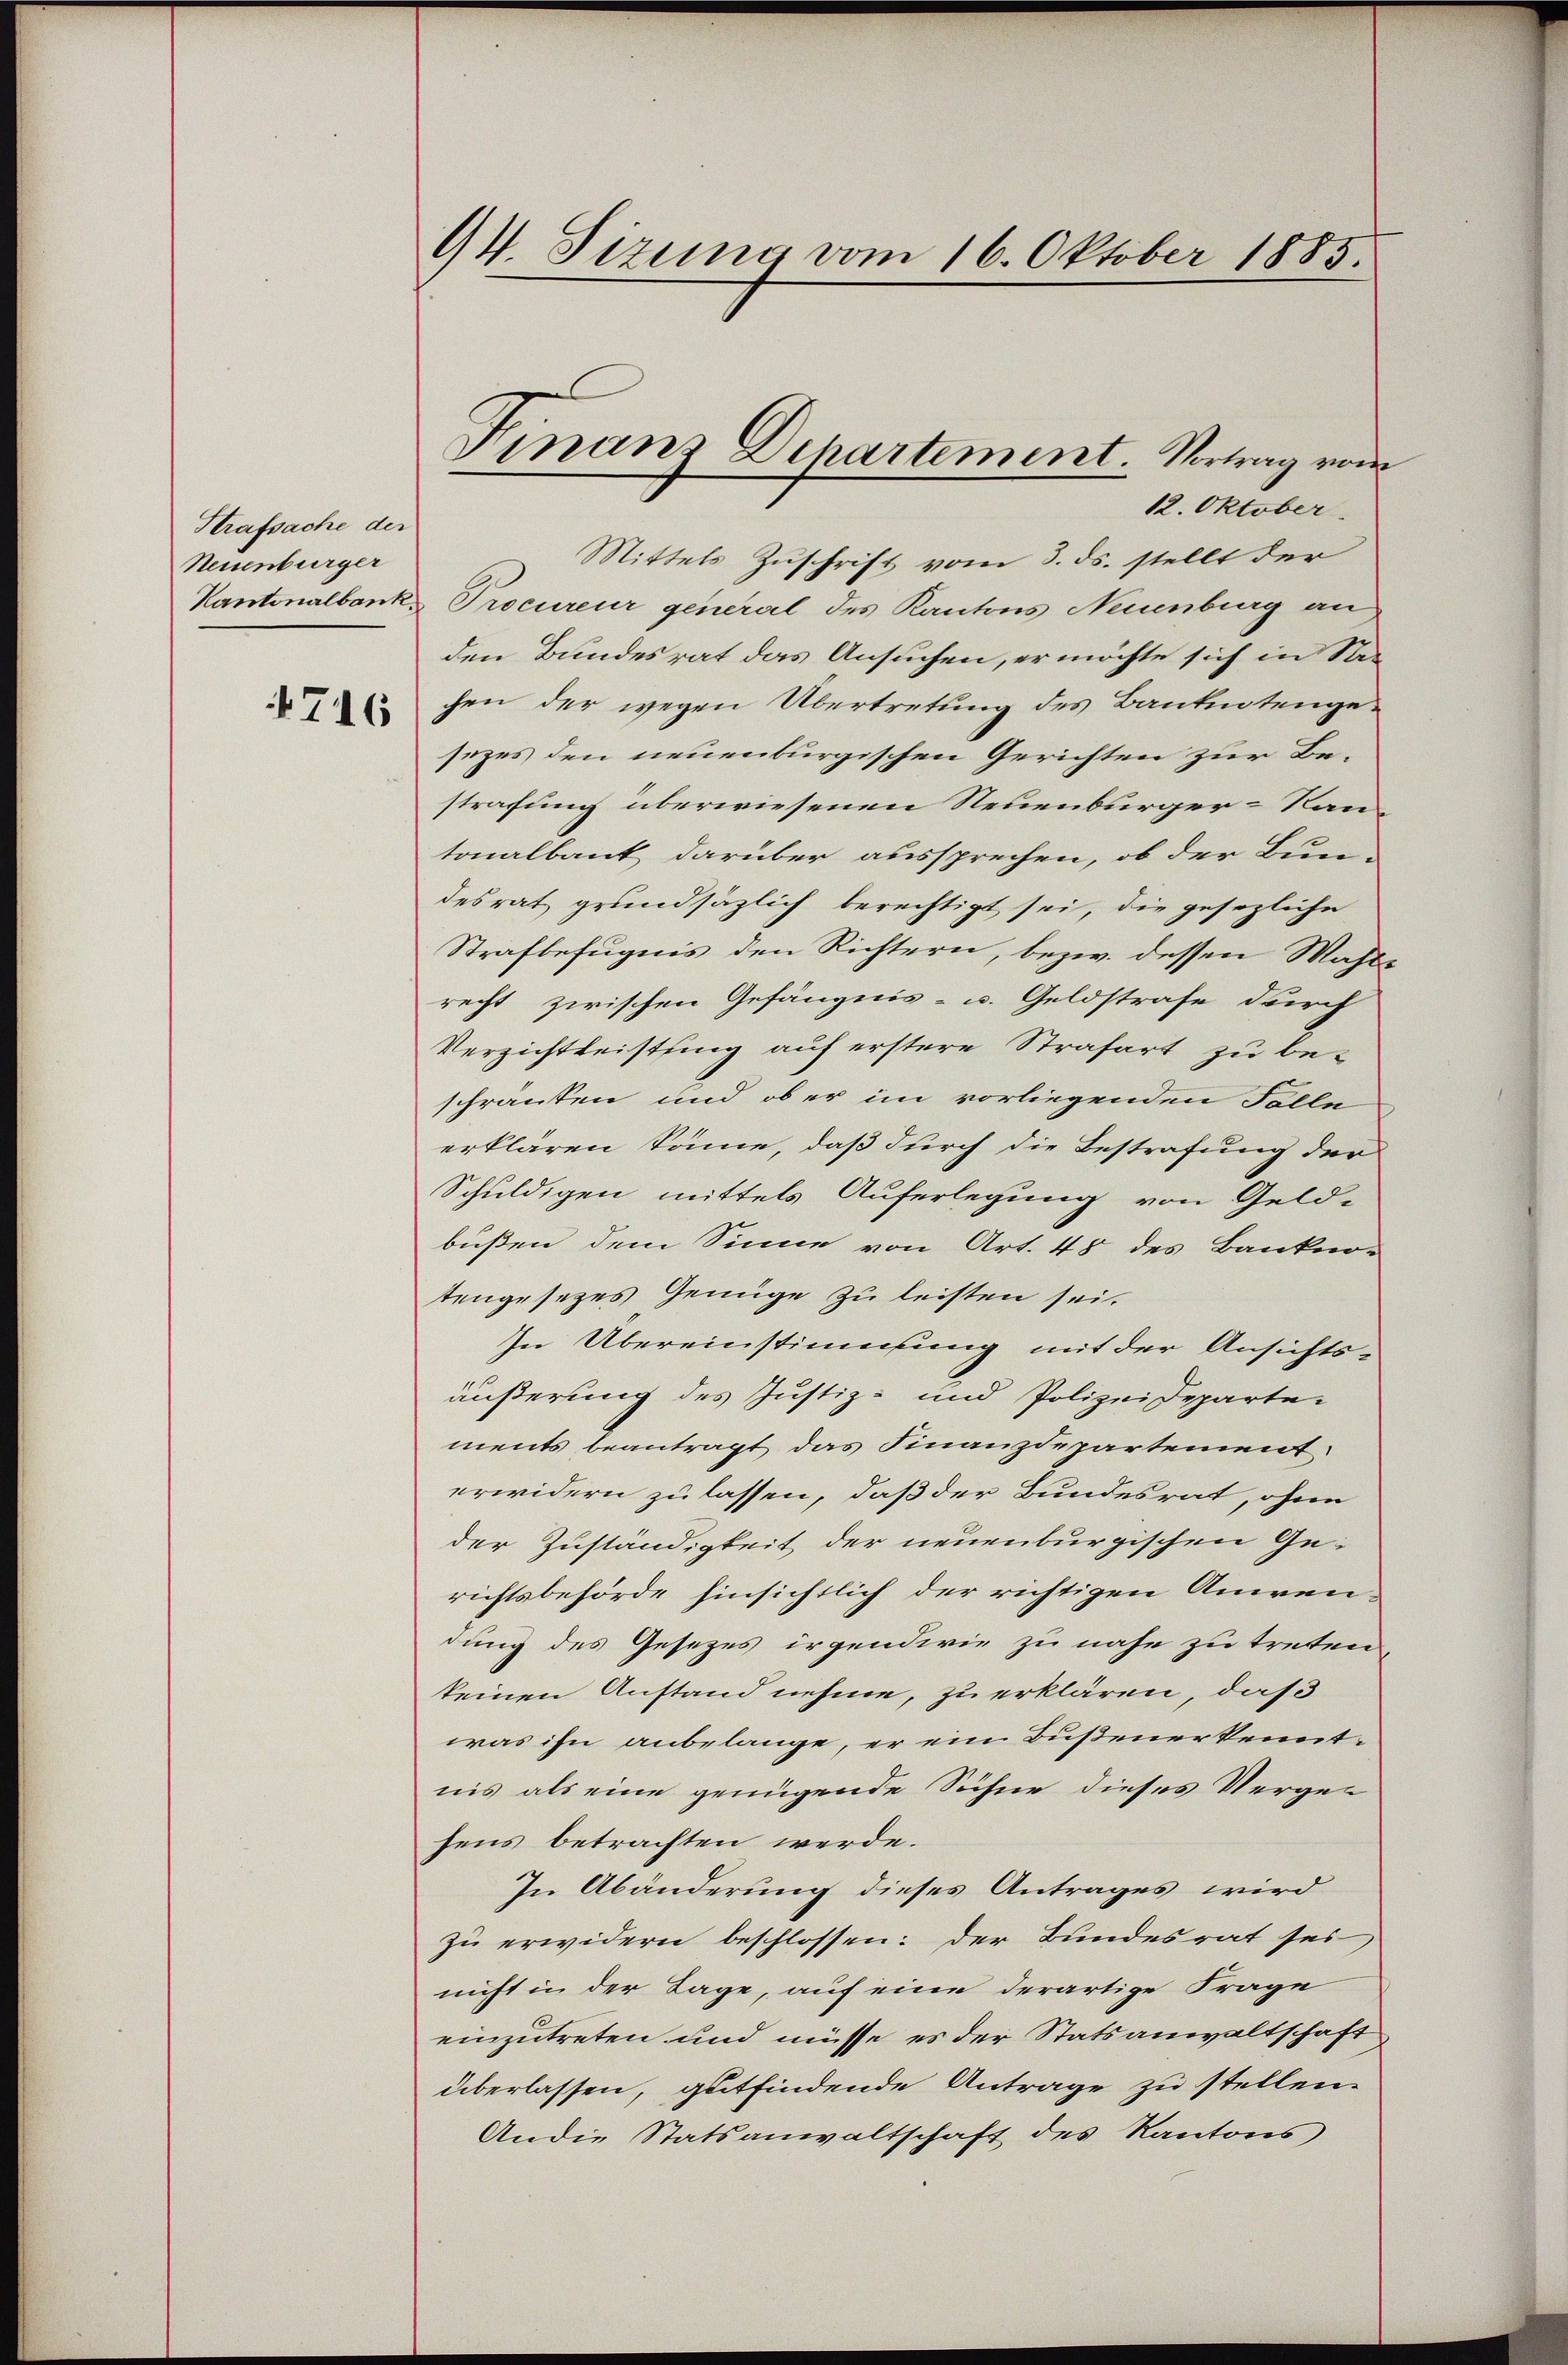
Strafsache der
Neuenburger

4716

94. Sizung vom 16. Oktober 1885.

Finanz Departement. Vortrag von

12. Oktober.
Mittels Zuschrift vom 3. ds. stellt der
Kantonalbank, Procureur general des Kantons Neuenburg an
den Bundesrat das Ansuchen, er möchte sich in Ste-
chen der wegen Übertretung des Banknotengesezes den neuenburgischen Gerichten zur Bestrafung überwiesenen Neuenburger-Rantonalbank darüber aussprechen, ob der Bun-
desrat grundsätzlich berechtigt sei, die gesezliche
Strafbefugnis den Richtern, bezw. dessen Mahlrecht zwischen Gefängnis- u. Geldstrafe durch
Verzichtleistung auf erstere Strafart zu be-
schränken und ob er im vorliegenden Folle
erklären könne, daß durch die Bestrafung der
Schuldigen mittels Auferlegung von Geldbüßen dem Sinne von Art. 48 des Bankno-
tengesezes Genüge zu leisten sei.
In Übereinstimmung mit der Ansichts-
äußerung des Justiz- und Polizeideparte-
ments beantragt das Finanzdepartement
erwidern zu lassen, daß der Bundesrat, ohne
der Zuständigkeit der neuenburgischen Gerichtsbehörde hinsichtlich der richtigen Anwendung des Gesezes irgendwie zu nahe zu treten
keinen Anstand nehme, zu erklären, daß
was ihn anbelange, er ein Bußener kenntnis als eine genügende Sichne dieses Vergehens betrachten werde.
In Abänderung dieses Antrages wird
zu erwidern beschlossen: der Bundesrat sei
nicht in der Lage, auf eine derartige Frage
einzutreten und müsse es der Statsanwaltschaft
überlassen, gutfindende Antrage zu stellen.
Andie Statsanwaltschaft des Kantons